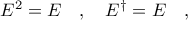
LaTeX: { \cal E } ^ { 2 } = { \cal E } \ \ \ , \ \ \ { \cal E } ^ { \dagger } = { \cal E } \ \ \ ,